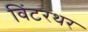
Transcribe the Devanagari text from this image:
विंटरथर